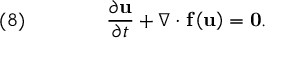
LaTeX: \quad ( 8 ) \qquad \qquad { \frac { \partial { \mathbf { u } } } { \partial t } } + \nabla \cdot { \mathbf { f } } \left( { \mathbf { u } } \right) = { \mathbf { 0 } } .